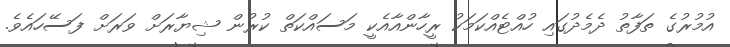
އުމުރުގެ ތަފާތު ދެމެދުގައި ހުއްޓެއްކަމަކު ރީހާންއާއެކީ މަސައްކަތް ކުރުން ޝިޔާރަށް ވަރަށް ފަސޭހައެވެ.